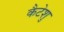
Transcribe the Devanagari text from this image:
कैटेशु